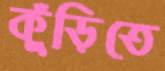
কুঁড়িতে